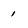
Character: 1